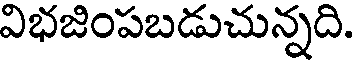
విభజింపబడుచున్నది.